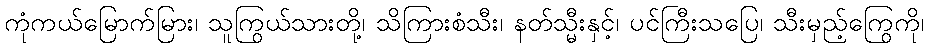
ကုံကယ်မြောက်မြား၊ သူကြွယ်သားတို့၊ သိကြားစံသီး၊ နတ်သ္မီးနှင့်၊ ပင်ကြီးသပြေ၊ သီးမှည့်ကြွေကို၊